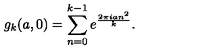
g _ { k } ( a , 0 ) = \sum _ { n = 0 } ^ { k - 1 } e ^ { \frac { 2 \pi i a n ^ { 2 } } { k } } .